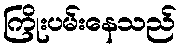
ကြိုးပမ်းနေသည်